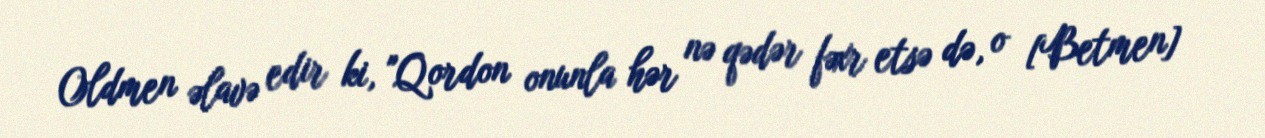
Oldmen əlavə edir ki, "Qordon onunla hər nə qədər fəxr etsə də, o [Betmen]